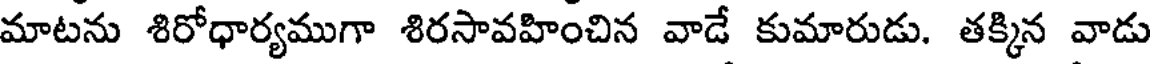
మాటను శిరోధార్యముగా శిరసావహించిన వాడే కుమారుడు. తక్కిన వాడు